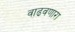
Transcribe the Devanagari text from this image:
वाढवणारा